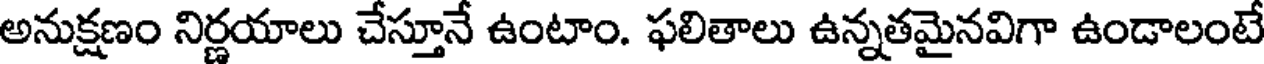
అనుక్షణం నిర్ణయాలు చేస్తూనే ఉంటాం. ఫలితాలు ఉన్నతమైనవిగా ఉండాలంటే